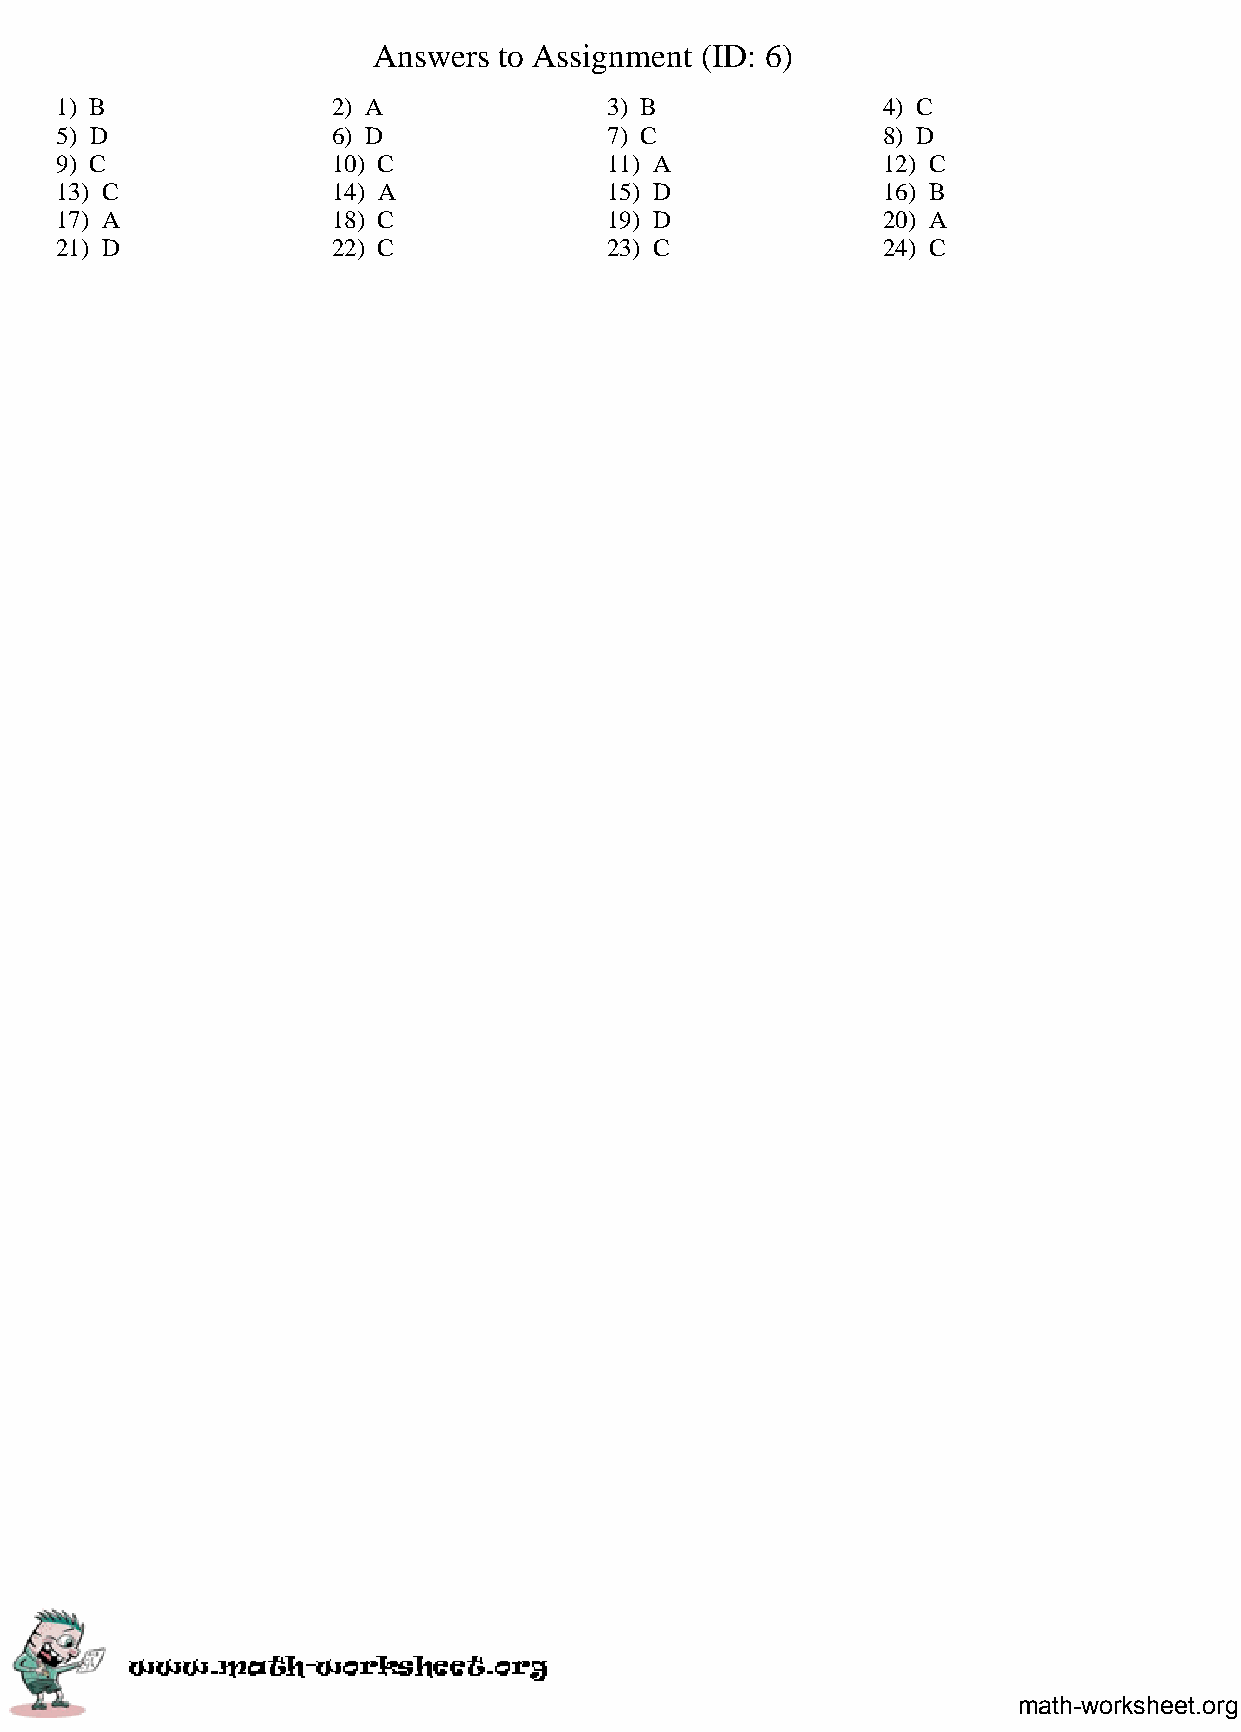
Answers to Assignment (ID: 6)
 1) B              2) A              3) B              4) C
 5) D              6) D              7) C              8) D
 9) C              10) C             11) A             12) C
 13) C             14) A             15) D             16) B
 17) A             18) C             19) D             20) A
 21) D             22) C             23) C             24) C
 math-worksheet.org